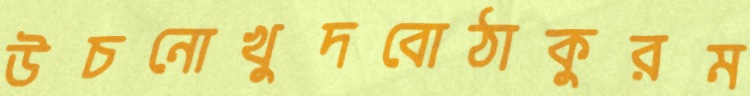
উচনোখুদবোঠাকুরম